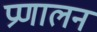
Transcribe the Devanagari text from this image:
प्रणालन